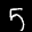
Label: 5